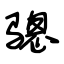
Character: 骢